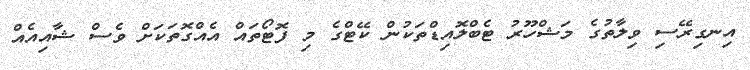
އިނގިރޭސި ވިލާތުގެ މަޝްހޫރު ޓެބްލޮއިޑްތަކުން ކޭޓްގެ މި ފޮޓޯތައް އެއްގޮތަކަށް ވެސް ޝާއިއެއް